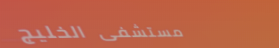
مستشفى الخليج